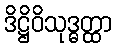
ဒိဋ္ဌိဝိသုဒ္ဓတ္ထာ